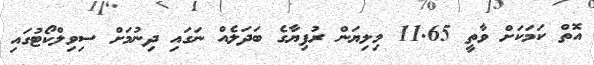
އޮތް ކަމަކަށް ވާތީ 11.65 މިލިޔަން ރުފިޔާގެ ބަދަލެއް ނަގައި ދިނުމަށް ސިވިލްކޯޓުގައި